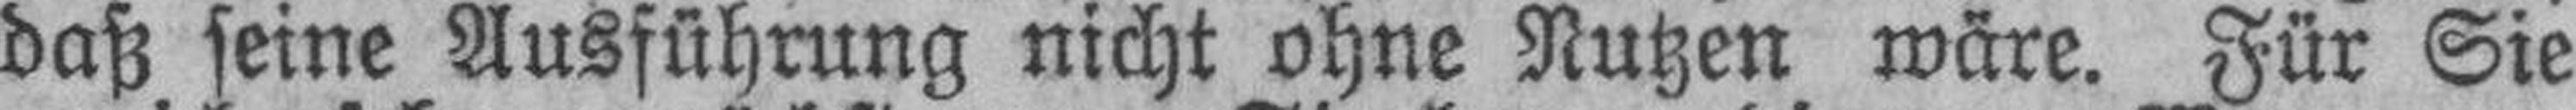
daß seine Ausführung nicht ohne Nutzen wäre. Für Sie